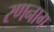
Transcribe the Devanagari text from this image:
रणनाग